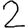
Digit: 2